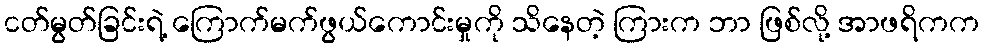
ငတ်မွတ်ခြင်းရဲ့ ကြောက်မက်ဖွယ်ကောင်းမှုကို သိနေတဲ့ ကြားက ဘာ ဖြစ်လို့ အာဖရိကက